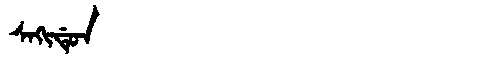
Manchu: ᠰᠠᡴᡳᡩᡠᠨ
Romanization: SAKIDUN